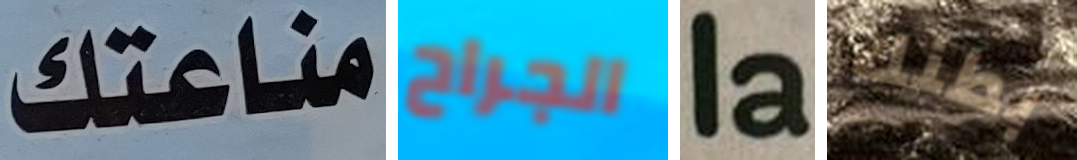
مناعتك الجراح la بطنك